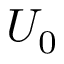
U _ { 0 }